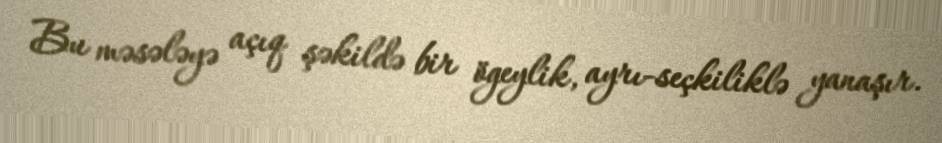
Bu məsələyə açıq şəkildə bir ögeylik, ayrı-seçkiliklə yanaşır.